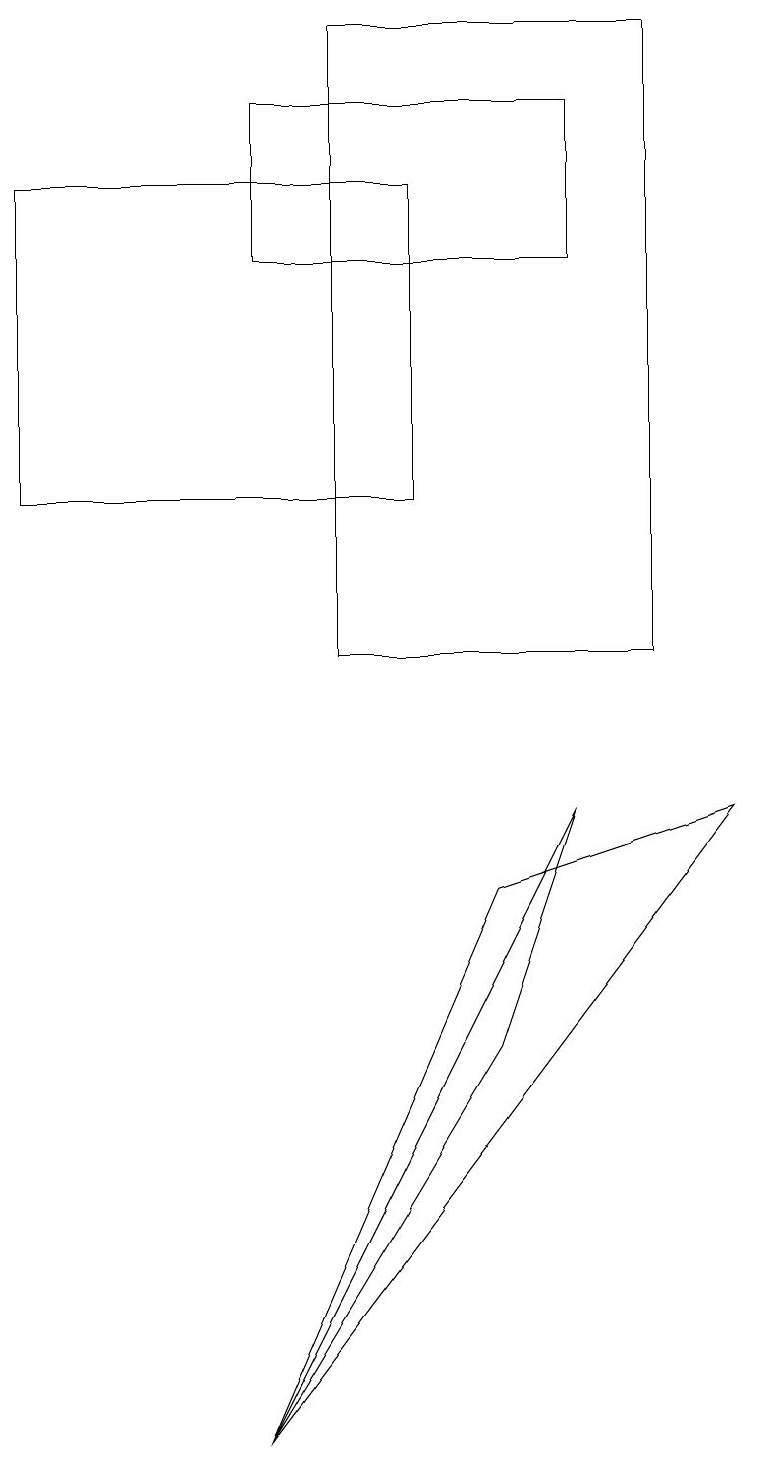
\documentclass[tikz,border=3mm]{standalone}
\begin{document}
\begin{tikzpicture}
\draw (6,5) -- (7,8) -- (3,0) -- cycle;
\draw (9,8) -- (3,0) -- (6,7) -- cycle;
\draw (3,17) rectangle (7,15);
\draw (4,18) rectangle (8,10);
\draw (5,12) rectangle (0,16);
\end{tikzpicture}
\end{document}